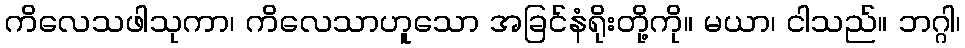
ကိလေသဖါသုကာ၊ ကိလေသာဟူသော အခြင်နံရိုးတို့ကို။ မယာ၊ ငါသည်။ ဘဂ္ဂါ၊